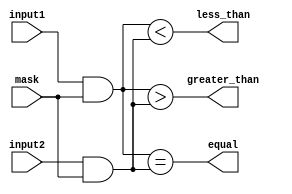
module masked_comparator (
    input signed [31:0] input1,
    input signed [31:0] input2,
    input [31:0] mask,
    output reg equal,
    output reg greater_than,
    output reg less_than
);

// Addition block
reg [31:0] add_result;
always @* begin
    add_result = input1 + mask;
end

// Subtraction block
reg [31:0] sub_result;
always @* begin
    sub_result = input1 - mask;
end

// Multiplication block
reg [31:0] mul_result;
always @* begin
    mul_result = input1 * mask;
end

// Division block
reg [31:0] div_result;
always @* begin
    div_result = input1 / mask;
end

// Compare for equal
always @* begin
    equal = (input1 & mask) == (input2 & mask);
end

// Compare for greater than
always @* begin
    greater_than = (input1 & mask) > (input2 & mask);
end

// Compare for less than
always @* begin
    less_than = (input1 & mask) < (input2 & mask);
end

endmodule